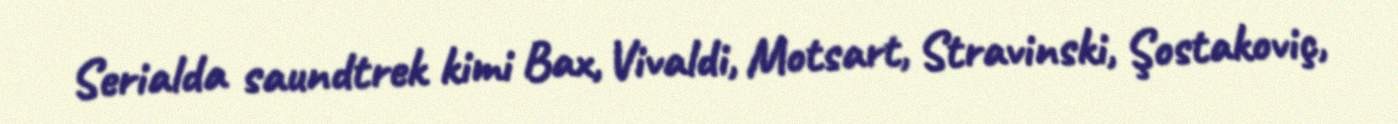
Serialda saundtrek kimi Bax, Vivaldi, Motsart, Stravinski, Şostakoviç,